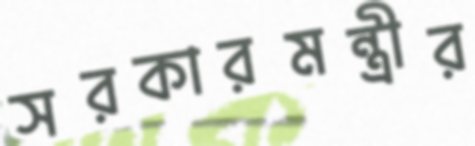
সরকারমন্ত্রীর